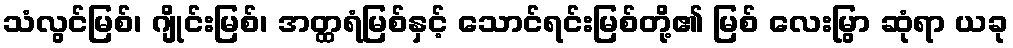
သံလွင်မြစ်၊ ဂျိုင်းမြစ်၊ အတ္ထရံမြစ်နှင့် သောင်ရင်းမြစ်တို့၏ မြစ် လေးမြွာ ဆုံရာ ယခု